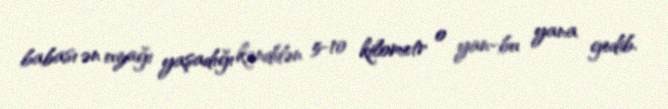
babası ən uzağı yaşadığı kənddən 5-10 kilometr o yan-bu yana gedib.